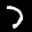
Label: 7